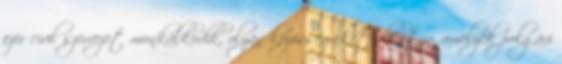
ezer civil szervezet munkálkodik, olyan közösségeket alkotva, amelyek polgári